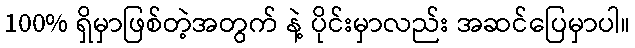
100% ရှိမှာဖြစ်တဲ့အတွက် နဲ့ ပိုင်းမှာလည်း အဆင်ပြေမှာပါ။